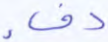
دفء